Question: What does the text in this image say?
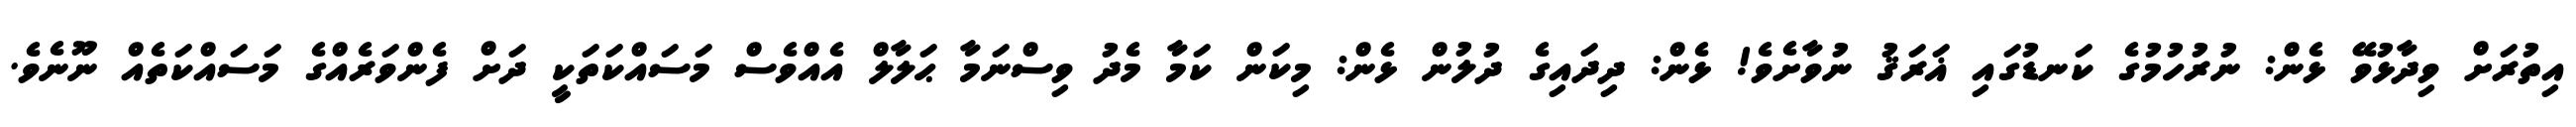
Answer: އިތުރަށް ވިދާޅުވޭ ޅެން: ނުރުހުމުގެ ކަނޑުގައި ޣަރަޤު ނުވާށެވެ! ޅެން: ދިދައިގެ ދުލުން ޅެން: މިކަން ކަމާ މެދު ވިސްނަމާ ޙަލާލް އެއްވެސް މަސައްކަތަކީ ދަށް ފެންވަރެއްގެ މަސައްކަތެއް ނޫނެވެ.